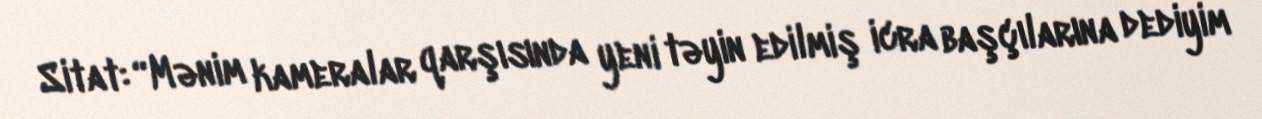
Sitat: “Mənim kameralar qarşısında yeni təyin edilmiş icra başçılarına dediyim